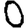
Digit: 0